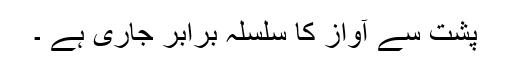
پشت سے آواز کا سلسلہ برابر جاری ہے ۔